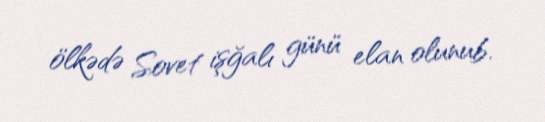
ölkədə Sovet işğalı günü elan olunub.